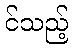
င်သည့်